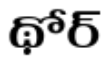
థోర్